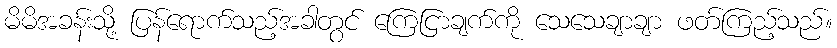
မိမိအခန်းသို့ ပြန်ရောက်သည့်အခါတွင် ကြေငြာချက်ကို သေသေချာချာ ဖတ်ကြည့်သည်။